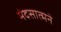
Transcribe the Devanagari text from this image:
मेदसात्मने